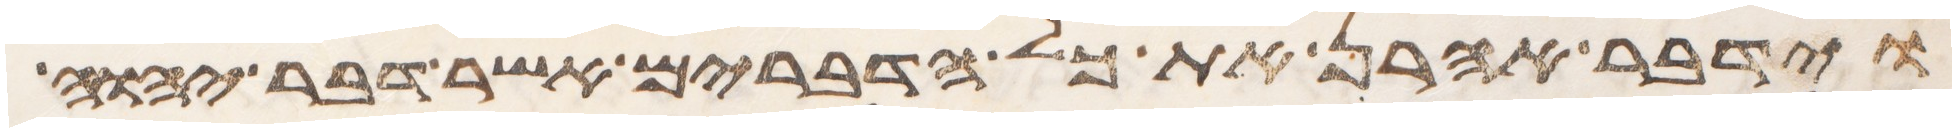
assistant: וידבר אהרן את כל הדברים אשר דבר יהוה